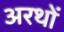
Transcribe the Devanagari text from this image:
अरथों